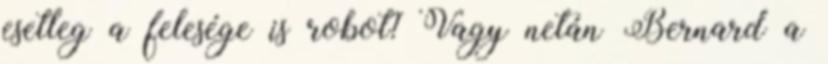
esetleg a felesége is robot? Vagy netán Bernard a